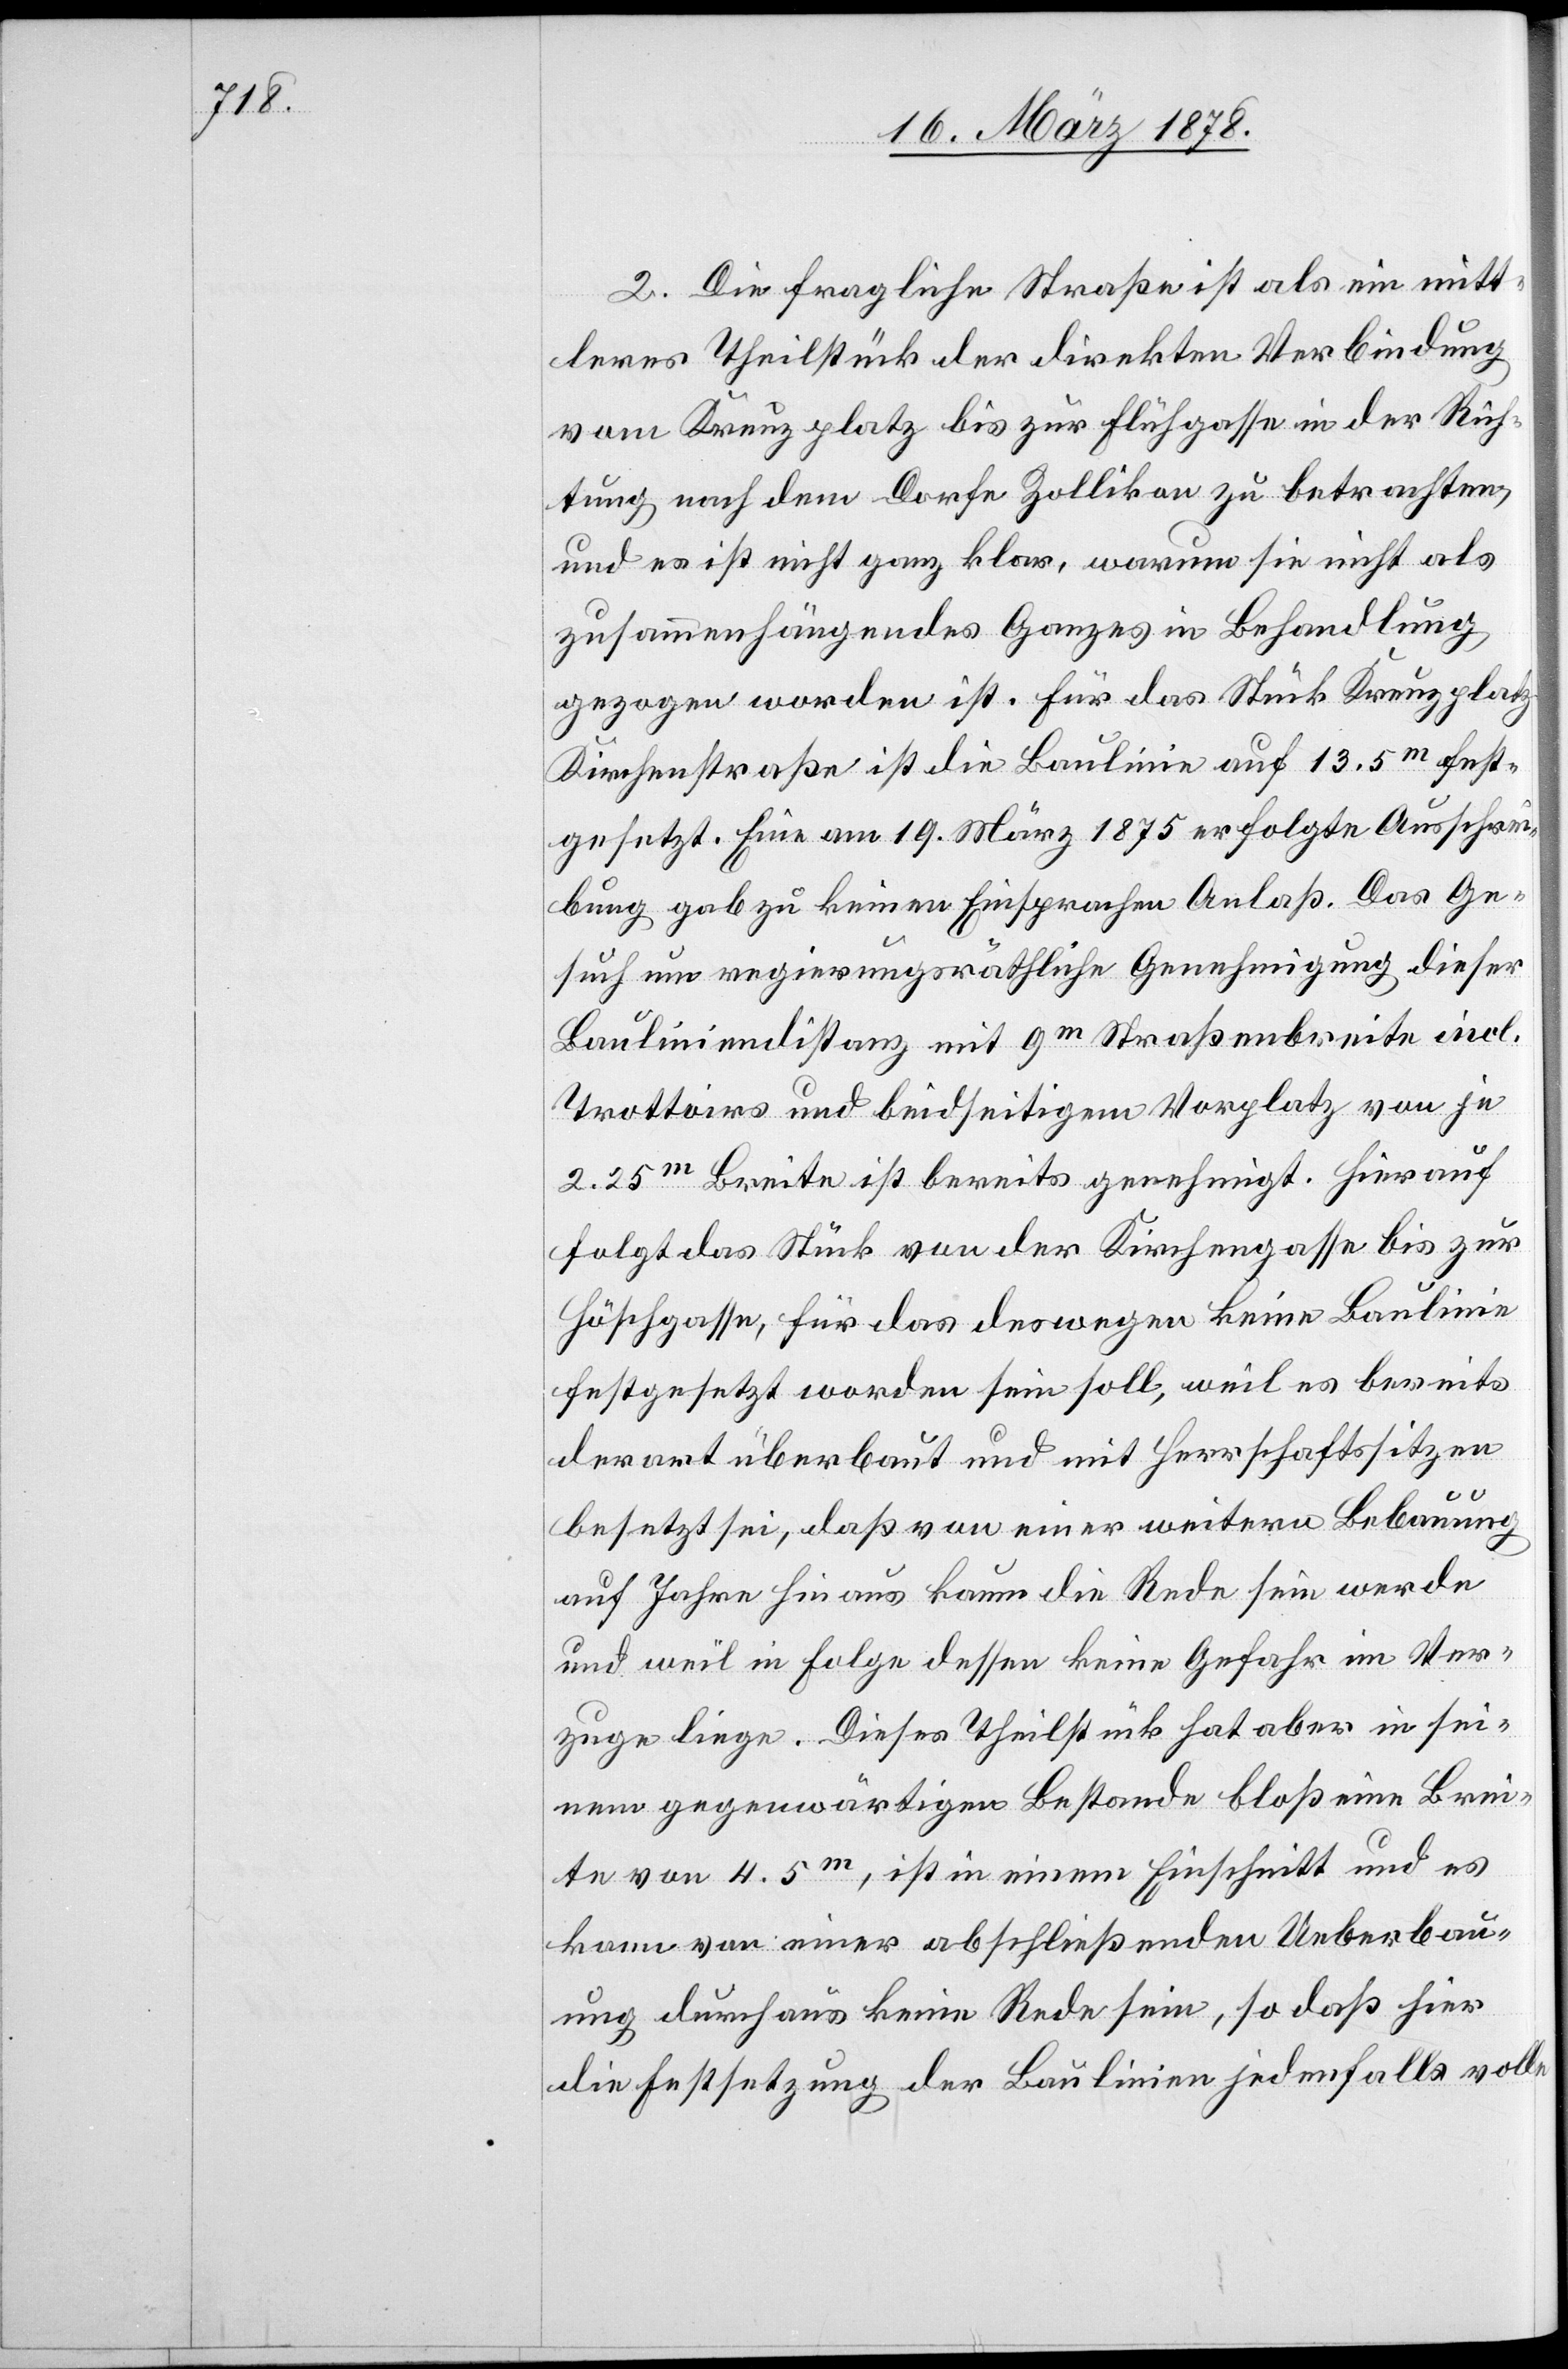
2. Die fragliche Straße ist als ein mitt¬
leres Theilstück der direkten Verbindung
vom Kreuzplatz bis zur Flühgasse in der Rich¬
tung nach dem Dorfe Zollikon zu betrachten,
und es ist nicht ganz klar, warum sie nicht als
zusammenhängendes Ganzes in Behandlung
gezogen worden ist. Für das Stück Kreuzplatz
Kirchenstraße ist die Baulinie auf 13.5m fest¬
gesetzt. Eine am 19. März 1875 erfolgte Ausschrei¬
bung gab zu keinen Einsprachen Anlaß. Das Ge¬
such um regierungsräthliche Genehmigung dieser
Bauliniendistanz mit 9m Straßenbreite incl.
Trottoirs und beidseitigem Vorplatz von je
2.25m Breite ist bereits genehmigt. Hierauf
folgt das Stück von der Kirchengasse bis zur
Höschgasse, für das deswegen keine Baulinie
festgesetzt worden sein soll, weil es bereits
derart überbaut und mit Herrschaftssitzen
auf Jahre hinaus kaum die Rede sein werde
und weil in Folge dessen keine Gefahr im Ver¬
zuge liege. Dieses Theilstück hat aber in sei¬
nem gegenwärtigen Bestande bloß eine Brei¬
te von 4.5m, ist in einem Einschnitt und es
kann von einer abschließenden Ueberbau¬
ung durchaus keine Rede sein, so daß hier
die Festsetzung der Baulinien jedenfalls volle